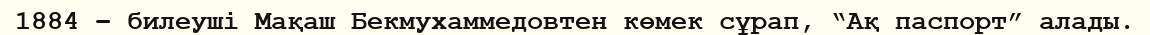
1884 – билеуші Мақаш Бекмухаммедовтен көмек сұрап, “Ақ паспорт” алады.